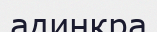
адинкра